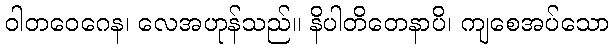
ဝါတဝေဂေန၊ လေအဟုန်သည်။ နိပါတိတေနာပိ၊ ကျစေအပ်သော